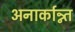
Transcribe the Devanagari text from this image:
अनार्कान्न्त